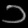
Digit: ၁